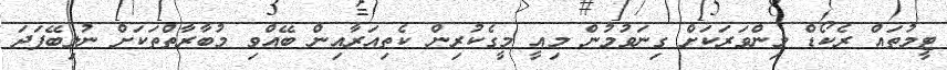
ޓީމުތައް ރެކޯޑް މިންވަރަކަށް ގިނަވުމުން މިއީ މީގެކުރިން ކެތިއަރާއިން ބޭއްވި މުބާރާތްތަކަށް ނުލިބޭފަދަ